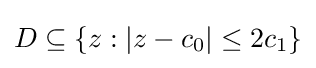
D\subseteq \{z:|z-c_{0}|\leq 2c_{1}\}